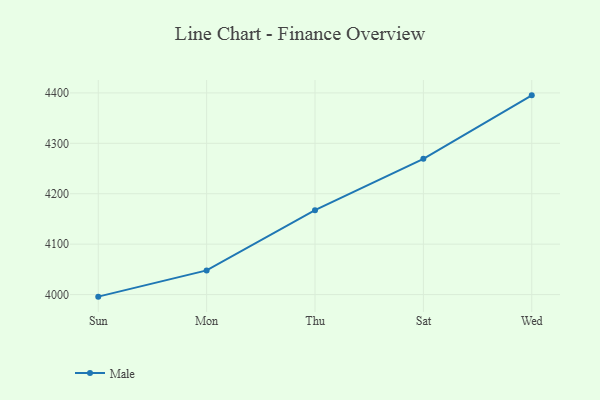
{"axis": {"x": "Day", "y": "LTV (USD)"}, "legend": ["Male"], "data": [{"x": "Sun", "y": 3995.9, "type": "Male"}, {"x": "Mon", "y": 4047.9, "type": "Male"}, {"x": "Thu", "y": 4167.4, "type": "Male"}, {"x": "Sat", "y": 4269.3, "type": "Male"}, {"x": "Wed", "y": 4395.1, "type": "Male"}]}